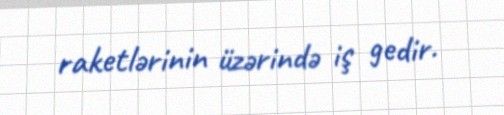
raketlərinin üzərində iş gedir.